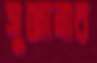
সুজানার